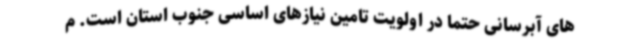
های آبرسانی حتماً در اولویت تامین نیازهای اساسی جنوب استان است. م